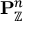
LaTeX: \mathbf { P } _ { \mathbb { Z } } ^ { n }